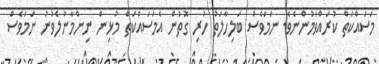
މަސައްކަތް ކުރައްވަމުންނެވެ. ނަމަވެސް ބަލިހާލަތު ހުރި ގޮތުން އެމަސައްކަތް މުޅިން ނިންމާނުލެވުނު ނަމަވެސް